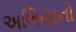
અભિયાનો